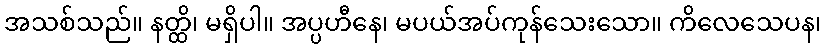
အသစ်သည်။ နတ္ထိ၊ မရှိပါ။ အပ္ပဟီနေ၊ မပယ်အပ်ကုန်သေးသော။ ကိလေသေပန၊